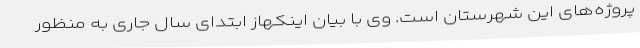
پروژه‌های این شهرستان است. وی با بیان اینکهاز ابتدای سال جاری به منظور